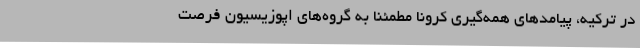
در ترکیه، پیامدهای همه‌گیری کرونا مطمئنا به گروه‌های اپوزیسیون فرصت